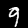
Label: 9